Vaccination in Burma 1900-1911 - 1900-1911
Year: 1900
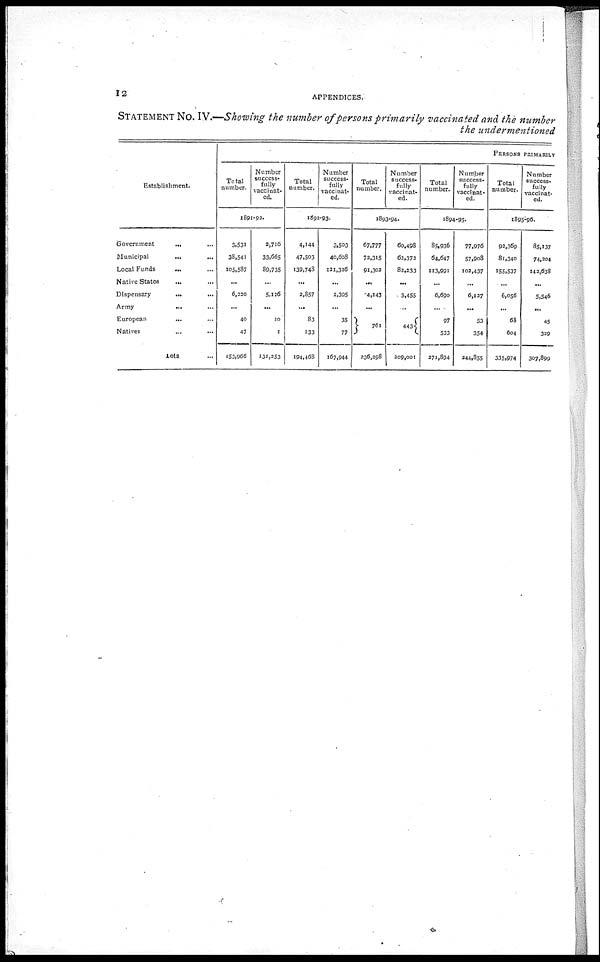
12
APPENDICES.
STATEMENT No. IV.—Showing the number of persons primarily vaccinated and, the number
the undermentioned
Establishment.
Government
...
...
Municipal
...
...
Local Funds ... ...
Native States ... ...
Dispensary
...
...
Army
...
...
European
...
...
Natives ... ...
Total ...
PERSONS PRIMARILY
Total
number.
Number
success-
fully
vaccinat-
ed.
1891-92.
3,531
38,541
105,587
...
6,220
...
40
47
153,966
2,716
33,665
89,735
...
5,126
...
10
1
131,253
Total
number.
Number
success-
fully
vaccinat-
ed.
1892-93.
4,144
47,503
139,748
...
2,857
...
83
133
194,468
3,503
40,608
121,326
...
2,395
...
35
77
167,944
Total
number.
Number
success-
fully
vaccinat-
ed.
1893-94.
67,777
72,315
91,302
...
4,143
...
761
236,298
60,498
62,372
82,233
...
3,455
...
443
209,001
Total
number.
Number
success-
fully
vaccinat-
ed.
1894-95.
85,936
64,647
113,991
...
6,690
....
97
533
271,894
77,976
57,908
102,437
...
6,127
...
53
354
244,855
Total
number.
Number
success-
fully
vaccinat-
ed.
1895-96.
92,369
81,340
155,537
...
6,056
...
68
604
335,974
85,137
74,204
142,638
...
5,546
...
45
329
307,899